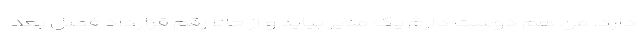
دارد. من هم دوست دارم یک مدیر بیاید و از حالا رقم قرارداد فصل بعد